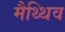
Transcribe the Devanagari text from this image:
मैथ्थिव